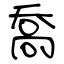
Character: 喬